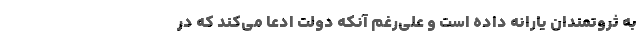
به ثروتمندان یارانه داده است و علی‌رغم آنکه دولت ادعا می‌کند که در